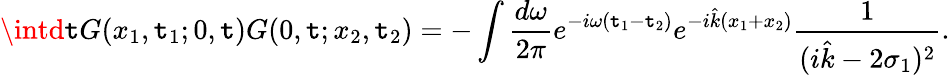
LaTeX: \intd\mathtt{t}G(x_{1},\mathtt{t}_{1};0,\mathtt{t})G(0,\mathtt{t};x_{2},\mathtt{t}_{2})=-\int\frac{{d\omega}}{{2\pi}}e^{-i\omega(\mathtt{t}_{1}-\mathtt{t}_{2})}e^{-i\hat{{k}}(x_{1}+x_{2})}\frac{{1}}{{(i\hat{{k}}-2\sigma_{1})^{2}}}.